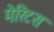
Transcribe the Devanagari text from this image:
मेरिटस